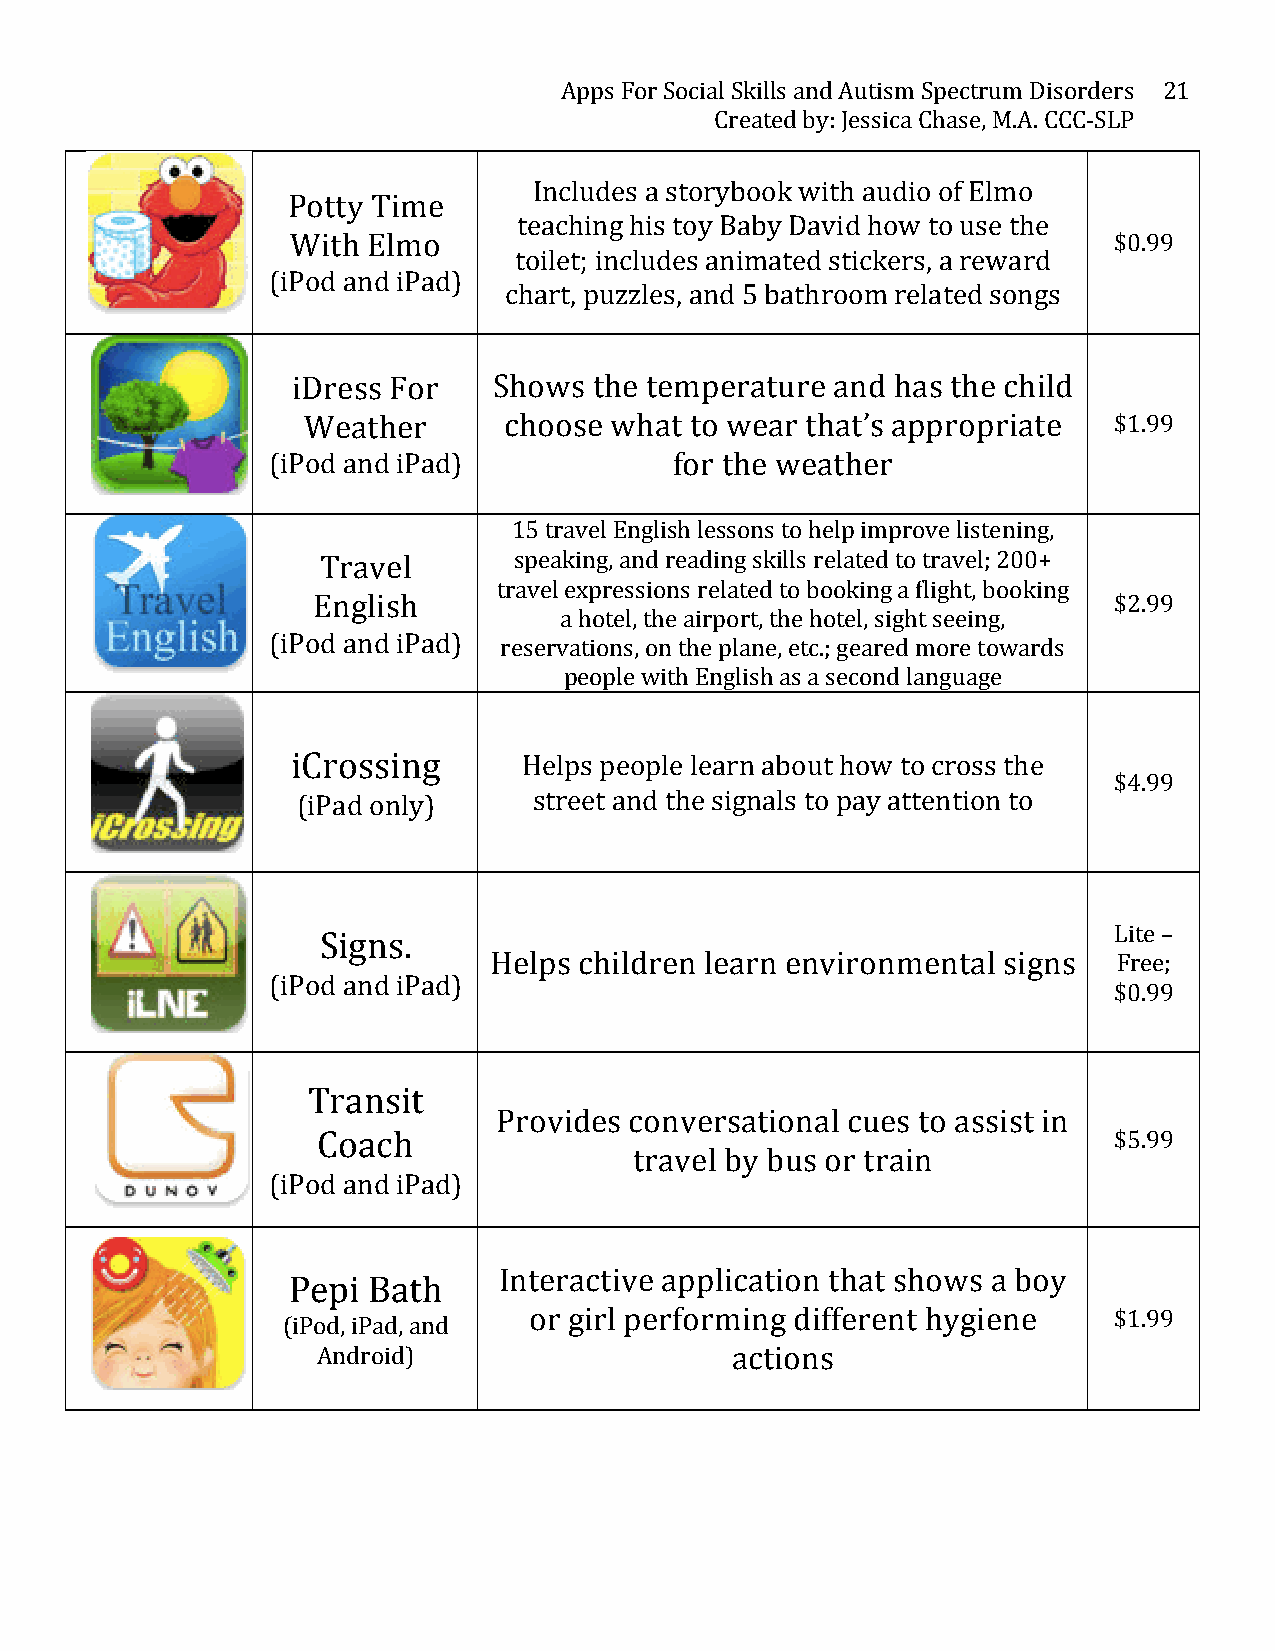
Apps For Social Skills and Autism Spectrum Disorders 21
 Created by: Jessica Chase, M.A. CCC-­‐SLP
 Includes a storybook with audio of Elmo
 Potty Time
 teaching his toy Baby David how to use the
 With Elmo                                              $0.99
 toilet; includes animated stickers, a reward
 (iPod and iPad)
 chart, puzzles, and 5 bathroom related songs
 iDress For    Shows the temperature and has the child
 Weather      choose what  to wear that’s appropriate  $1.99
 (iPod and iPad)            for the weather
 15 travel English lessons to help improve listening,
 Travel       speaking, and reading skills related to travel; 200+
 travel expressions related to booking a flight, booking
 English                                              $2.99
 a hotel, the airport, the hotel, sight seeing,
 (iPod and iPad)
 reservations, on the plane, etc.; geared more towards
 people with English as a second language
 iCrossing       Helps people learn about how to cross the
 $4.99
 (iPad only)    street and the signals to pay attention to
 Lite –
 Signs.
 Helps children learn environmental signs  Free;
 (iPod and iPad)
 $0.99
 Transit
 Provides conversational cues to assist in
 Coach                                                $5.99
 travel by bus or train
 (iPod and iPad)
 Interactive application that shows a boy
 Pepi Bath
 or girl performing different hygiene   $1.99
 (iPod, iPad, and
 Android)                   actions